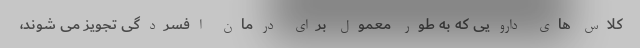
کلاس های دارویی که به طور معمول برای درمان افسردگی تجویز می شوند،